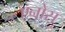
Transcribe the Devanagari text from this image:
एनोस